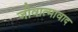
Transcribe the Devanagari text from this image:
जीवात्मावाद